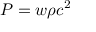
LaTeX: P = w \rho c ^ { 2 }